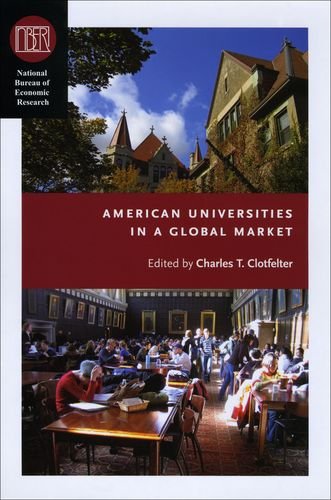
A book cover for American Universities in a Global Market (National Bureau of Economic Research Conference Report); Business & Money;